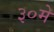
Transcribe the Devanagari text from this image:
३०मे